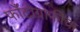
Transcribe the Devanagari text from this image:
फाँटोग्राफीचा